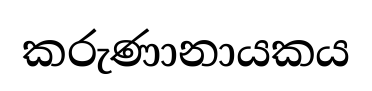
කරුණානායකය